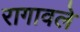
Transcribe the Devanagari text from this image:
रागावले